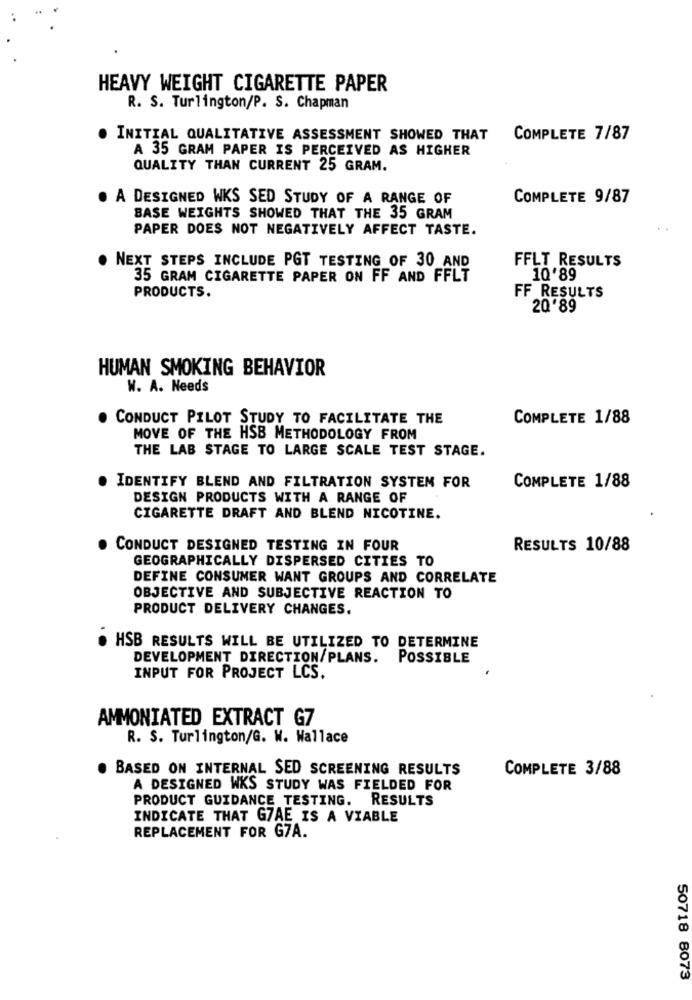
HEAVY WEIGHT CIGARETTE PAPER
R. S. Turlington/P. S. Chapman
INITIAL QUALITATIVE ASSESSMENT SHOWED THAT
COMPLETE 7/87
A 35 GRAM PAPER IS PERCEIVED AS HIGHER
QUALITY THAN CURRENT 25 GRAM.
A DESIGNED WKS SED STUDY OF A RANGE OF
COMPLETE 9/87
BASE WEIGHTS SHOWED THAT THE 35 GRAM
PAPER DOES NOT NEGATIVELY AFFECT TASTE.
. NEXT STEPS INCLUDE PGT TESTING OF 30 AND
FFLT RESULTS
35 GRAM CIGARETTE PAPER ON FF AND FFLT
10'89
PRODUCTS.
FF RESULTS
20'89
HUMAN SMOKING BEHAVIOR
W. A. Needs
CONDUCT PILOT STUDY TO FACILITATE THE
COMPLETE 1/88
MOVE OF THE HSB METHODOLOGY FROM
THE LAB STAGE TO LARGE SCALE TEST STAGE.
IDENTIFY BLEND AND FILTRATION SYSTEM FOR
COMPLETE 1/88
DESIGN PRODUCTS WITH A RANGE OF
CIGARETTE DRAFT AND BLEND NICOTINE.
CONDUCT DESIGNED TESTING IN FOUR
RESULTS 10/88
GEOGRAPHICALLY DISPERSED CITIES TO
DEFINE CONSUMER WANT GROUPS AND CORRELATE
OBJECTIVE AND SUBJECTIVE REACTION TO
PRODUCT DELIVERY CHANGES.
HSB RESULTS WILL BE UTILIZED TO DETERMINE
DEVELOPMENT DIRECTION/PLANS. POSSIBLE
INPUT FOR PROJECT LCS.
AMMONIATED EXTRACT G7
R. S. Turlington/G. W. Wallace
BASED ON INTERNAL SED SCREENING RESULTS
COMPLETE 3/88
A DESIGNED WKS STUDY WAS FIELDED FOR
PRODUCT GUIDANCE TESTING. RESULTS
INDICATE THAT GZAE IS A VIABLE
REPLACEMENT FOR G7A.
50718 8073